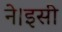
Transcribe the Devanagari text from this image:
ने।इसी